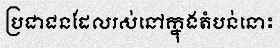
ប្រជាជនដែលរស់នៅក្នុងតំបន់នោះ